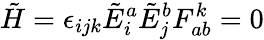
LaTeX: {\tilde{H}}=\epsilon_{ijk}{\tilde{E}}_{i}^{a}{\tilde{E}}_{j}^{b}F_{ab}^{k}=0